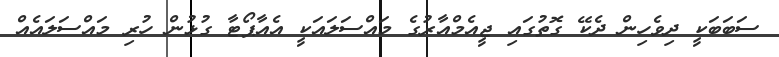
ސަބަބަކީ ދިވެހިން ދެކޭ ގޮތުގައި ޖީއެމްއާރުގެ މައްސަލައަކީ އެއާޕޯޓާ ގުޅުން ހުރި މައްސަލައެއް